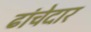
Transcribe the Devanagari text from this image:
ढांचेदार